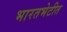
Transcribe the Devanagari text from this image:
भारतभेटीत